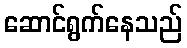
ဆောင်ရွက်နေသည်